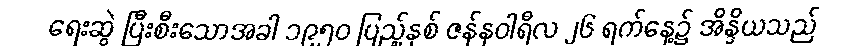
ရေးဆွဲ ပြီးစီးသောအခါ ၁၉၅၀ ပြည့်နှစ် ဇန်နဝါရီလ ၂၆ ရက်နေ့၌ အိန္ဒိယသည်